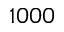
1 0 0 0